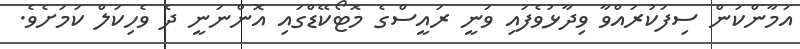
އަމާންކަން ސިފަކުރައްވާ ވިދާޅުވެފައި ވަނީ ރައީސްގެ މޮޓޯކޭޑްގައި އޮންނަނީ ދެ ވެހިކަލް ކަމަށެވެ.